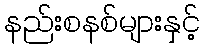
နည်းစနစ်များနှင့်